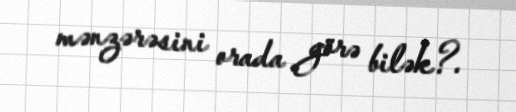
mənzərəsini orada görə bilək?.